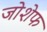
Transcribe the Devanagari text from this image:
जोशेफ